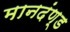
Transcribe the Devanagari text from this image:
मानदंण्ड